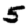
Digit: 5